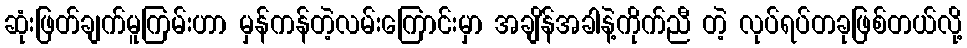
ဆုံးဖြတ်ချက်မူကြမ်းဟာ မှန်ကန်တဲ့လမ်းကြောင်းမှာ အချိန်အခါနဲ့ကိုက်ညီ တဲ့ လုပ်ရပ်တခုဖြစ်တယ်လို့